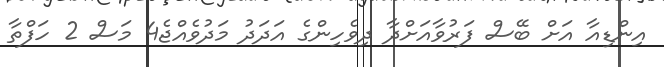
އިންޑިއާ އަށް ބޭސް ފަރުވާއަށްދާ ދިވެހިންގެ އަދަދު މަދުވެއްޖެ4 މަސް 2 ހަފްތާ